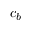
c _ { b }